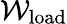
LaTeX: \mathcal{W}_{\mathrm{{load}}}